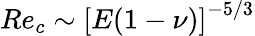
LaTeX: Re_{c}\sim\left[E(1-\nu)\right]^{-5/3}